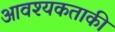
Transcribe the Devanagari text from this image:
आवश्‍यकताकी